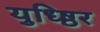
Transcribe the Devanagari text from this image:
युध्ष्ठिर